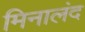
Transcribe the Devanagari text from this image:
मिनालंद